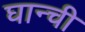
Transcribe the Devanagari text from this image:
घान्ची